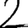
Digit: 2